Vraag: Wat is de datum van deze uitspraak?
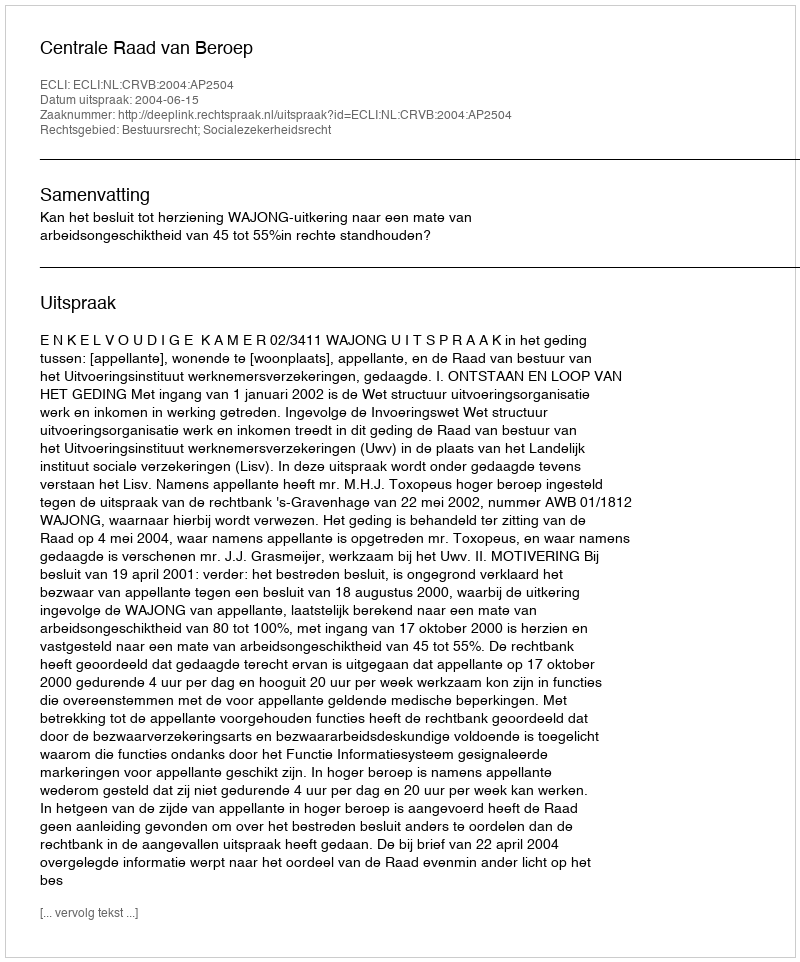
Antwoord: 2004-06-15